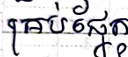
គ្រប់ផ្នែក